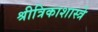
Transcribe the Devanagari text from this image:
श्रीत्रिकाशास्त्रे